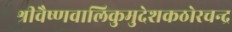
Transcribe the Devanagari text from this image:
श्रीवैष्णवालिकुमुदेशकठोरचन्द्र